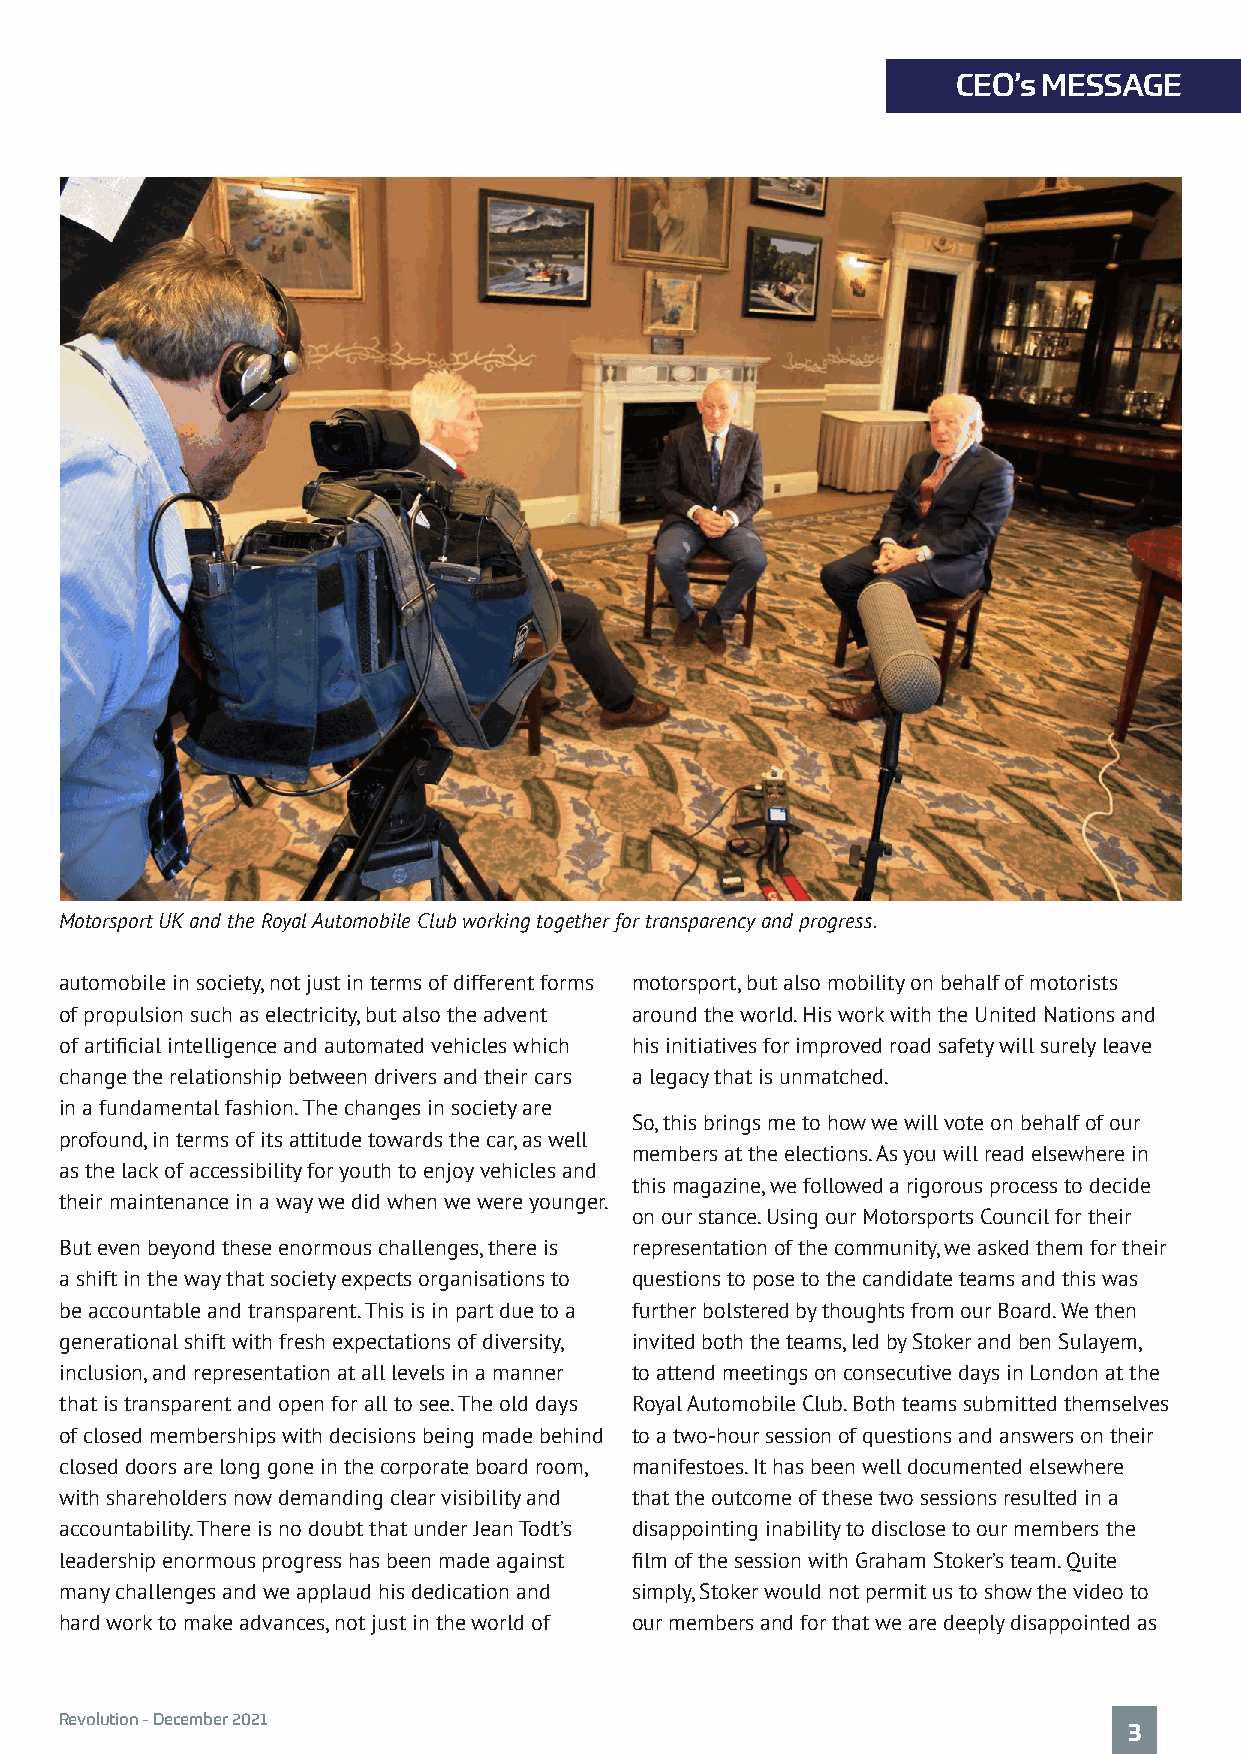
CEO’s MESSAGE
 Motorsport UK and the Royal Automobile Club working together for transparency and progress.
 automobile in society, not just in terms of different forms motorsport, but also mobility on behalf of motorists
 of propulsion such as electricity, but also the advent around the world. His work with the United Nations and
 of artificial intelligence and automated vehicles which his initiatives for improved road safety will surely leave
 change the relationship between drivers and their cars a legacy that is unmatched.
 in a fundamental fashion. The changes in society are
 So, this brings me to how we will vote on behalf of our
 profound, in terms of its attitude towards the car, as well
 members at the elections. As you will read elsewhere in
 as the lack of accessibility for youth to enjoy vehicles and
 this magazine, we followed a rigorous process to decide
 their maintenance in a way we did when we were younger.
 on our stance. Using our Motorsports Council for their
 But even beyond these enormous challenges, there is representation of the community, we asked them for their
 a shift in the way that society expects organisations to questions to pose to the candidate teams and this was
 be accountable and transparent. This is in part due to a further bolstered by thoughts from our Board. We then
 generational shift with fresh expectations of diversity, invited both the teams, led by Stoker and ben Sulayem,
 inclusion, and representation at all levels in a manner to attend meetings on consecutive days in London at the
 that is transparent and open for all to see. The old days Royal Automobile Club. Both teams submitted themselves
 of closed memberships with decisions being made behind to a two-hour session of questions and answers on their
 closed doors are long gone in the corporate board room, manifestoes. It has been well documented elsewhere
 with shareholders now demanding clear visibility and that the outcome of these two sessions resulted in a
 accountability. There is no doubt that under Jean Todt’s disappointing inability to disclose to our members the
 leadership enormous progress has been made against film of the session with Graham Stoker’s team. Quite
 many challenges and we applaud his dedication and simply, Stoker would not permit us to show the video to
 hard work to make advances, not just in the world of our members and for that we are deeply disappointed as
 Revolution - December 2021
 3